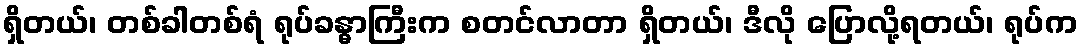
ရှိတယ်၊ တစ်ခါတစ်ရံ ရုပ်ခန္ဓာကြီးက စတင်လာတာ ရှိတယ်၊ ဒီလို ပြောလို့ရတယ်၊ ရုပ်က